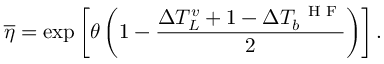
\overline { { \eta } } = \mathrm { e x p } \left[ \theta \left( 1 - \frac { \Delta T _ { L } ^ { v } + 1 - \Delta T _ { b } ^ { \mathrm { ~ \scriptsize ~ H ~ F ~ } } } { 2 } \right) \right] .